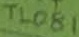
Text: TL081